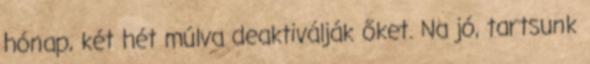
hónap, két hét múlva deaktiválják őket. Na jó, tartsunk